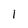
Character: 1